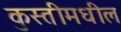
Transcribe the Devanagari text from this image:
कुस्तीमधील